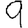
Digit: 9